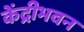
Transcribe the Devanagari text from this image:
केंद्रीभवन